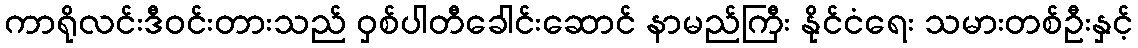
ကာရိုလင်းဒီဝင်းတားသည် ဝှစ်ပါတီခေါင်းဆောင် နာမည်ကြီး နိုင်ငံရေး သမားတစ်ဦးနှင့်